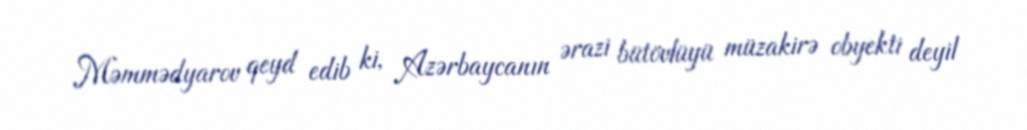
Məmmədyarov qeyd edib ki, Azərbaycanın ərazi bütövlüyü müzakirə obyekti deyil